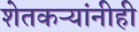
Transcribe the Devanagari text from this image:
शेतकऱ्यांनीही